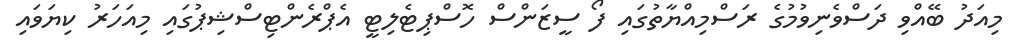
މިއަދު ބޭއްވި ދަސްވެނިވުމުގެ ރަސްމިއްޔާތުގައި ފޯ ސީޒަންސް ހޮސްޕިޓެލިޓީ އެޕްރެންޓިސްޝިޕުގައި މިއަހަރު ކިޔަވައި